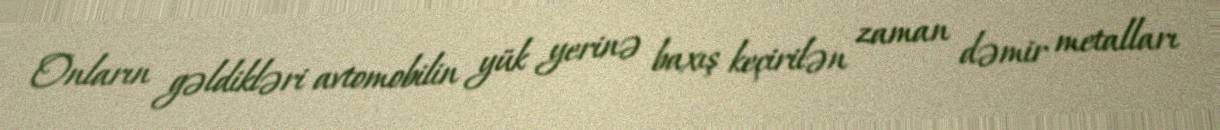
Onların gəldikləri avtomobilin yük yerinə baxış keçirilən zaman dəmir metalları